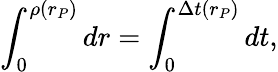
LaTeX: \int_{0}^{\rho(r_{P})}dr=\int_{0}^{\Delta t(r_{P})}dt,